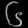
Digit: ၆